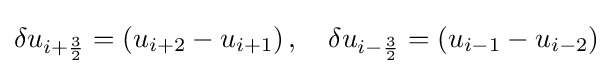
\delta u_{i+{\frac {3}{2}}}=\left(u_{i+2}-u_{i+1}\right),\quad \delta u_{i-{\frac {3}{2}}}=\left(u_{i-1}-u_{i-2}\right)